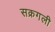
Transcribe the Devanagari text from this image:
सक्रगली